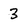
Character: 3